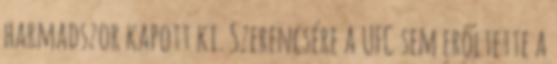
harmadszor kapott ki. Szerencsére a UFC sem erőltette a